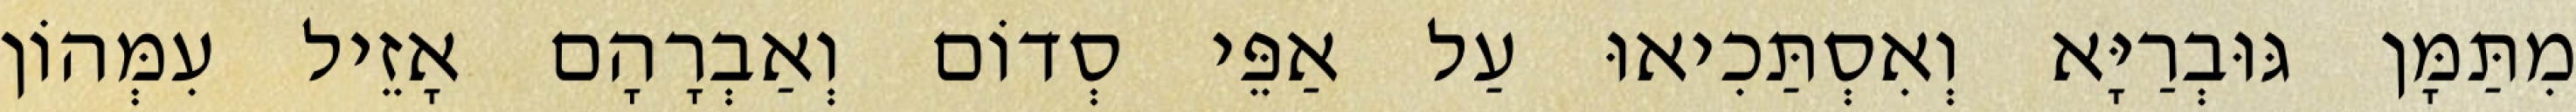
מִתַּמָּן גּוּבְרַיָּא וְאִסְתַּכִיאוּ עַל אַפֵּי סְדוֹם וְאַבְרָהָם אָזֵיל עִמְּהוֹן